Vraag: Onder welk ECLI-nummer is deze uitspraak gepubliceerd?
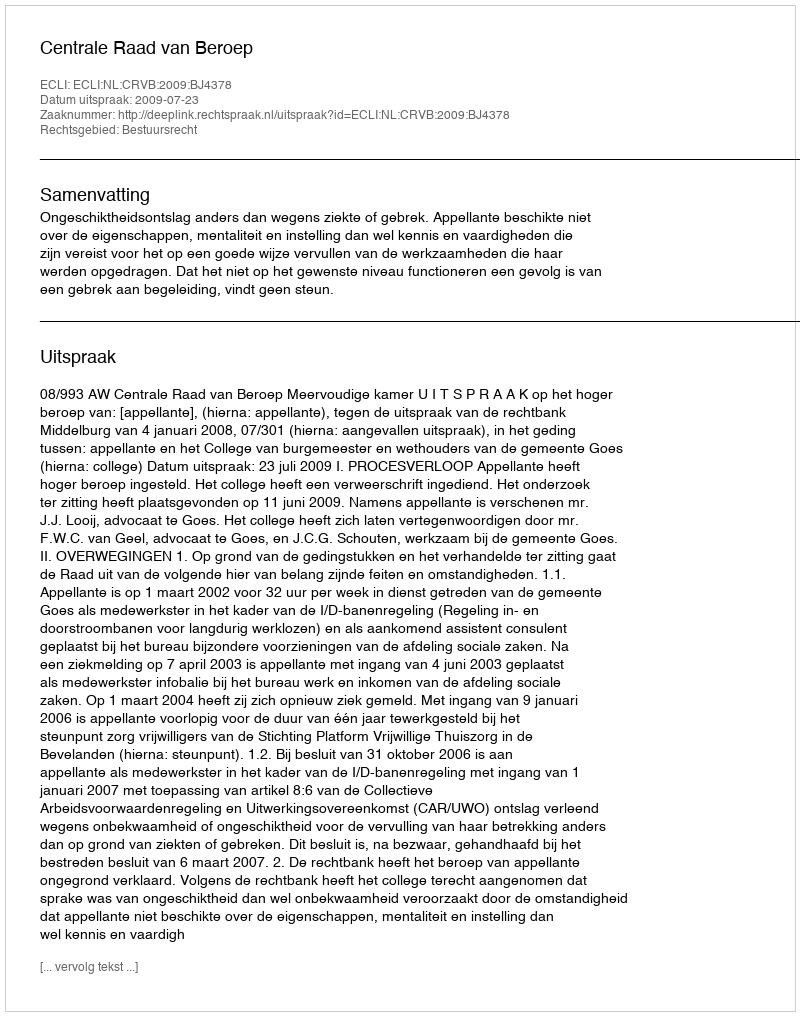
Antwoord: ECLI:NL:CRVB:2009:BJ4378